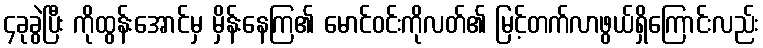
၄ခုခွဲပြီး ကိုထွန်းအောင်မှ မှိန်းနေကြ၏ မောင်ဝင်းကိုလတ်၏ မြင့်တက်လာဖွယ်ရှိကြောင်းလည်း